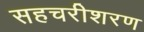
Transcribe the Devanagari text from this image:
सहचरीशरण